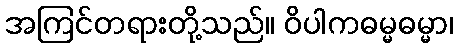
အကြင်တရားတို့သည်။ ဝိပါကဓမ္မဓမ္မာ၊